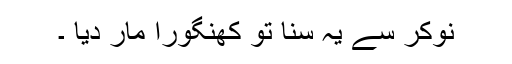
نوکر سے یہ سنا تو کھنگورا مار دیا ۔